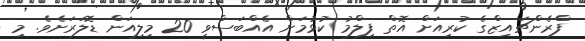
ފްރެންޗައިޒްގެ ކުރިއަށް އޮތް ފިލްމު ކުޅުމަށް އެއްބަސްވީ 20 މިލިއަން ޑޮލަރަށެވެ. މި